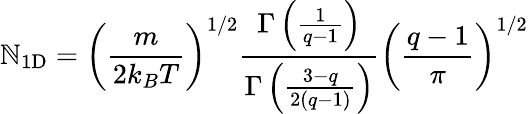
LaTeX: \mathbb{N}_{\mathrm{{1D}}}=\left(\frac{{m}}{{2k_{B}T}}\right)^{1/2}\frac{{\Gamma\left(\frac{{1}}{{q-1}}\right)}}{{\Gamma\left(\frac{{3-q}}{{2\left(q-1\right)}}\right)}}\left(\frac{{q-1}}{{\pi}}\right)^{1/2}